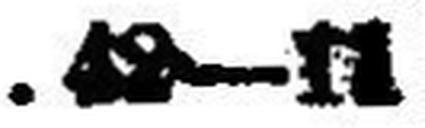
.42—11